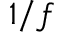
1 / f